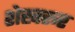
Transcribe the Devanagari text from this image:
शेखरूर